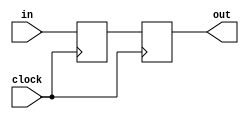
/*
 * Copyright (c) 2006, Peter M. Chen.  All rights reserved.  This software is
 * supplied as is without expressed or implied warranties of any kind.
 */

/*
 * Synchronize to get rid of metastability.
 */
module synchronizer #(parameter WIDTH=32) (
    input wire clock,
    input wire [WIDTH-1:0] in,
    output reg [WIDTH-1:0] out);

    reg [WIDTH-1:0] sync_reg_out;

    always @(posedge clock) begin
        sync_reg_out <= in;
	out <= sync_reg_out;
    end

endmodule